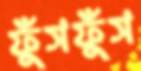
ফুঁসফুঁস